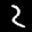
Label: 2